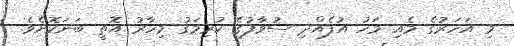
މި އަހަރުގެ މެއި މަހު އުފެއްދި ސުވާފުގެ ކުރިމަގު މިހާރު އޮތީ ބަނަކޮށެވެ.